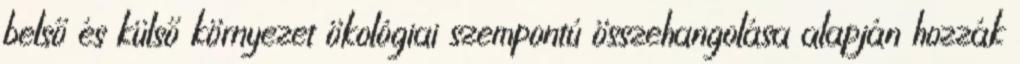
belső és külső környezet ökológiai szempontú összehangolása alapján hozzák